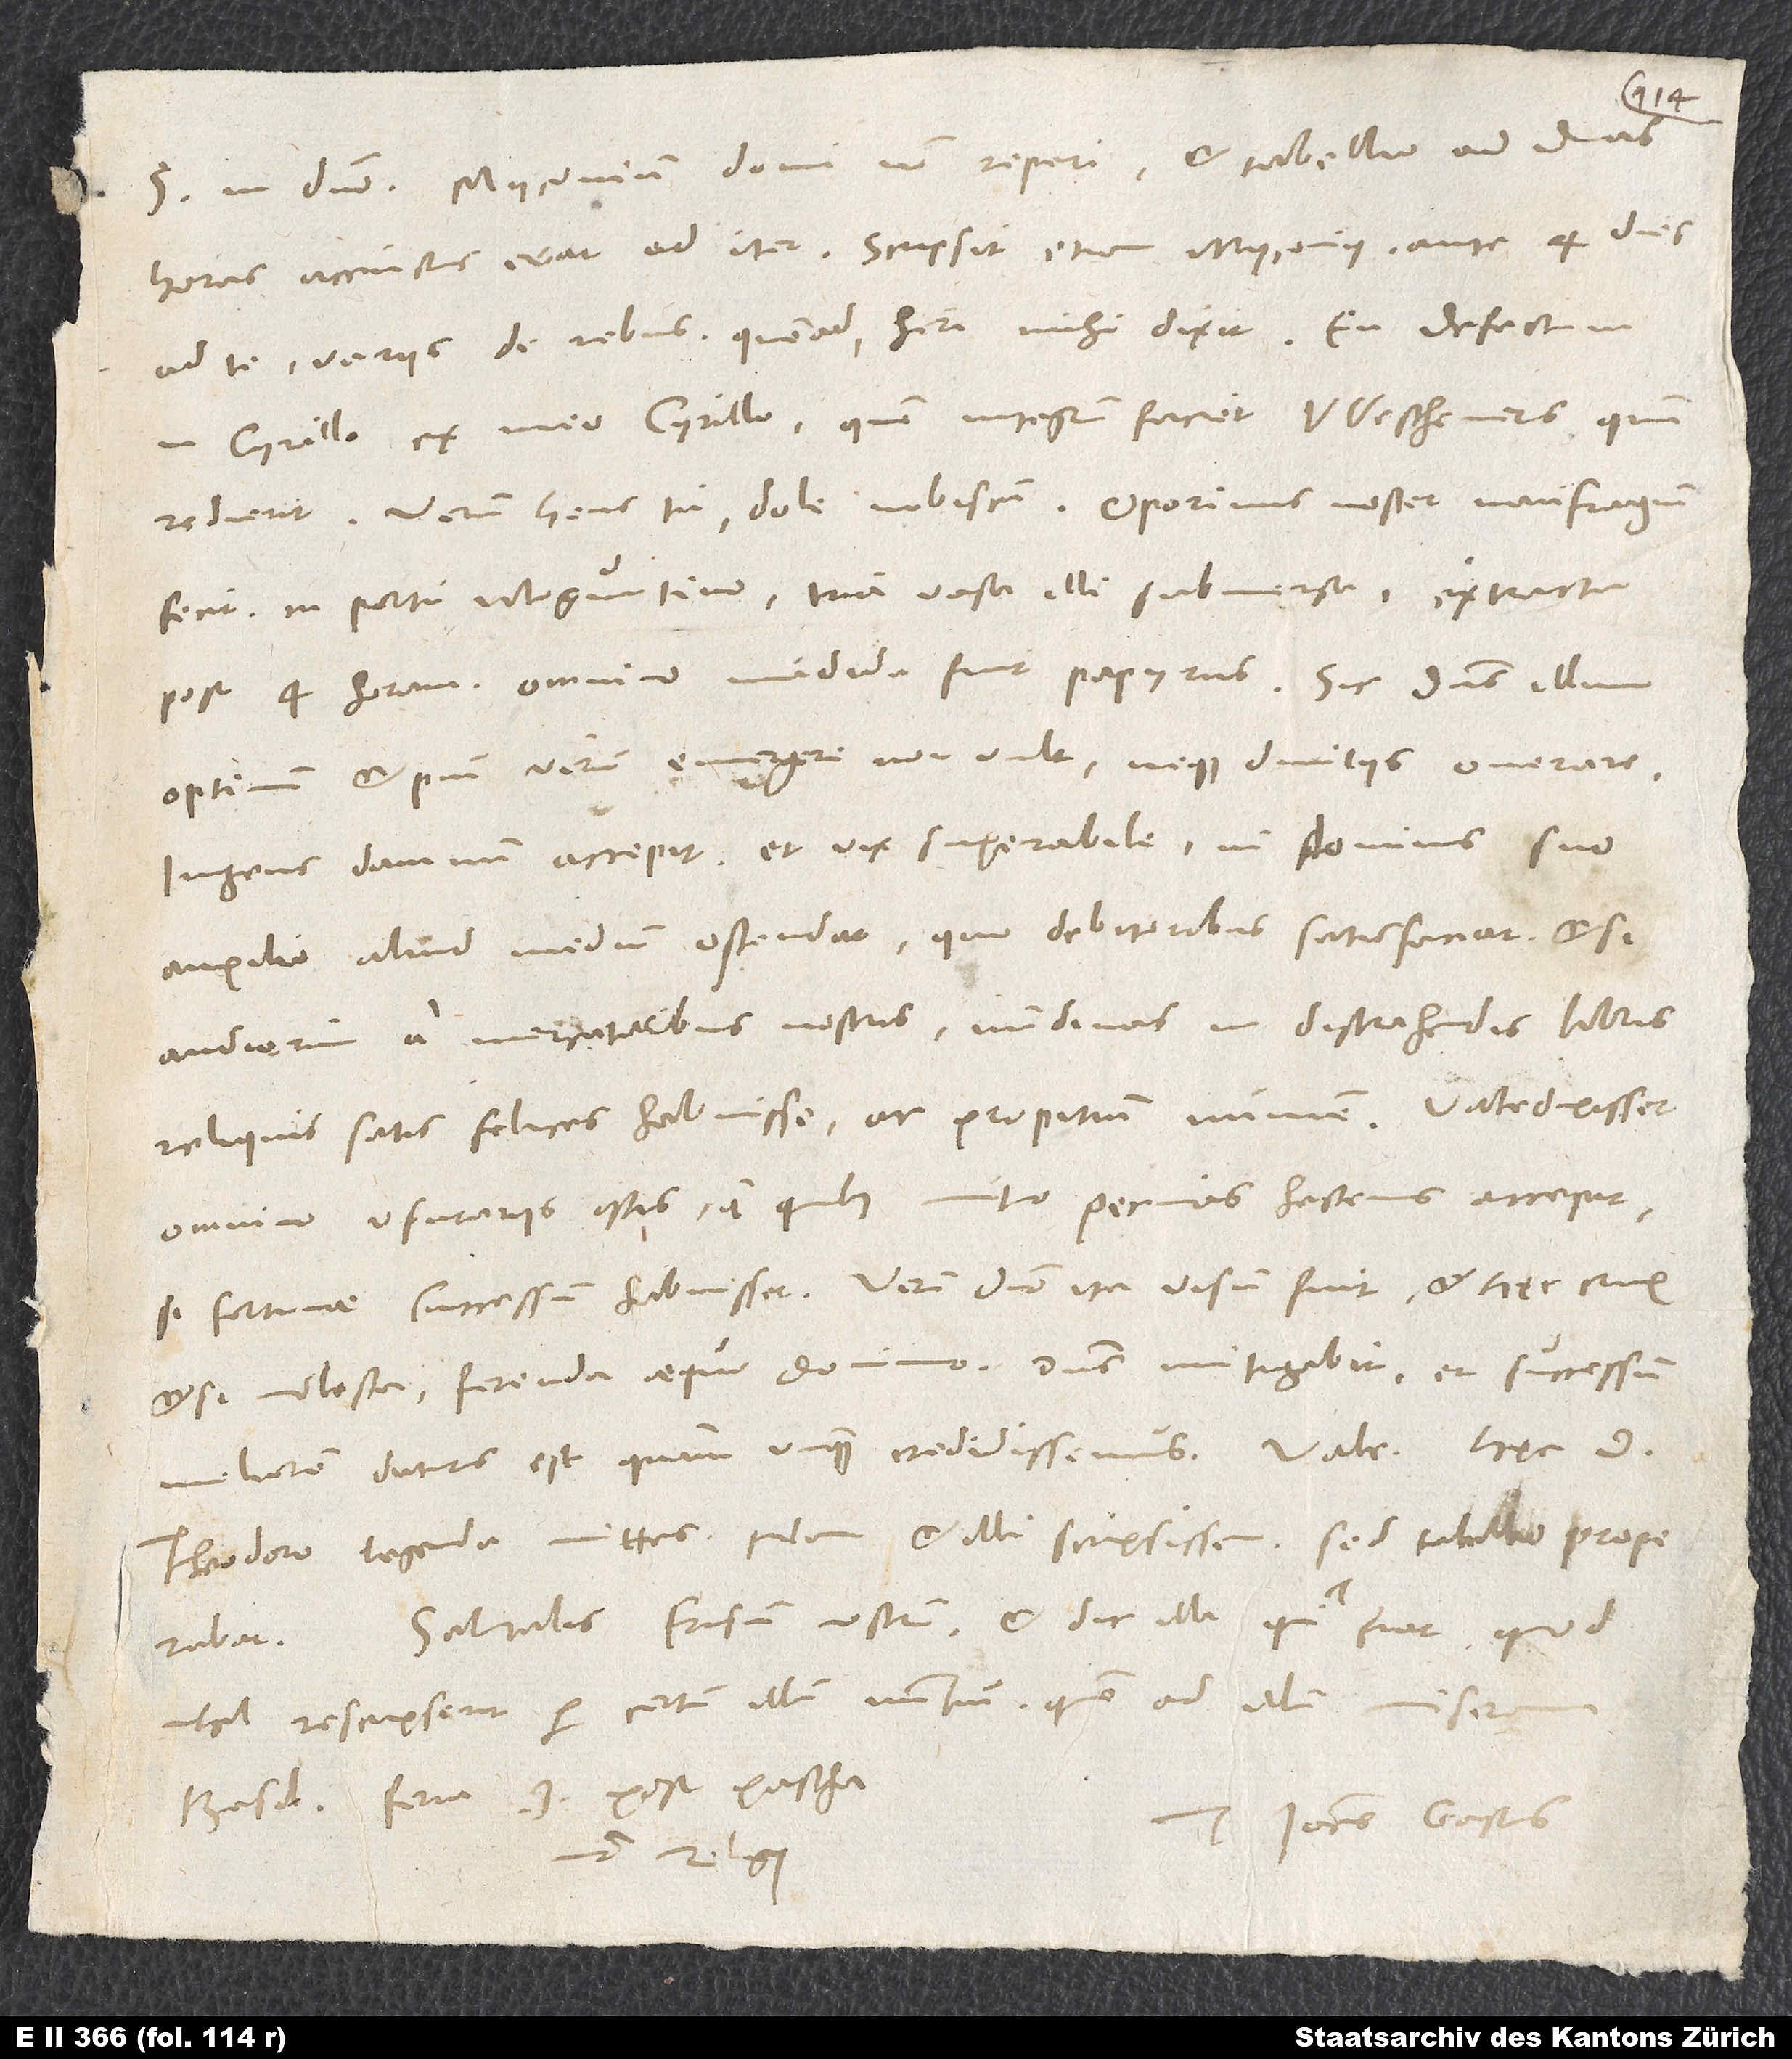
S. in domino. Myconium domi non reperi, et tabellio ad duas
horas accinctus erat ad iter. Scripsit etiam Myconius ante 4 dies
Cyrillo ex meo Cyrillo, quem integrum faciet Westhemerus, quum
Verum heus tu, dole nobiscum! Oporinus noster naufragium
fecit in portu Moguntino. Tria vasa illi submersa extracta
post 4. horam. Omnino madida fuit papyrus. Sic dominus illum
optimum et pium virum emergere non vult neque divitiis onerare.
Ingens damnum accepit et vix superabile, ni dominus suo
auxilio aliud medium ostendat, quo debitoribus satisfaciat, etsi
audierim a mercatoribus nostris nundinas in distrahendis libris
reliquis satis felices habuisse ac propitium numen. Valedixisset
omnino usurariis istis, a quibus mutuo pecunias hactenus accepit,
etsi molesta, ferenda aequo animo. Dominus mitigabit et successum
meliorem daturus est, quam unquam credidissemus.
Theodoro legenda mittes; nam et illi scripsissem, sed tabellio properabat.
Salutabis Frisium nostrum et dic illi, qui fiat, quod
nihil rescripserit per certum illum nuntium, quem ad illum miseram.
Basileae, feria 3. post pascha.
Tuus Ioannes Gastius.
Non relegi.